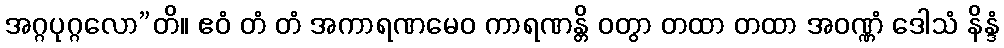
အဂ္ဂပုဂ္ဂလော”တိ။ ဧဝံ တံ တံ အကာရဏမေဝ ကာရဏန္တိ ဝတွာ တထာ တထာ အဝဏ္ဏံ ဒေါသံ နိန္ဒံ